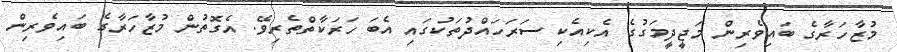
މުޒާހަރާގެ ބައިވެރިން މަޖީދީމަގުގެ އެކިއެކި ސަރަހައްދުތަކުގައި އެބަ ހަރަކާތްތެރިވޭ. އެގޮތުން މުޒާހަރާގެ ބައިވެރިން